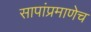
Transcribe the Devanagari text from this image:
सापांप्रमाणेच